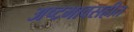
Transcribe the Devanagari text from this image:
अष्टभावसहीत